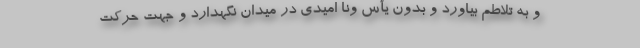
و به تلاطم بیاورد و بدون یأس ونا امیدی در میدان نگهدارد و جهت حرکت